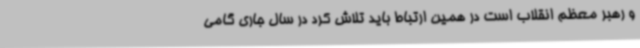
و رهبر معظم انقلاب است در همین ارتباط باید تلاش کرد در سال جاری گامی